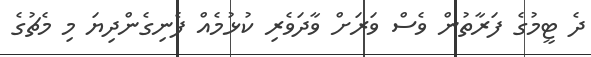
ދެ ޓީމުގެ ފަރާތުން ވެސް ވަރަށް ވާދަވެރި ކުޅުމެއް ފެނިގެންދިޔަ މި މެޗުގެ